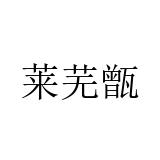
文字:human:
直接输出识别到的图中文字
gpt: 莱芜甑